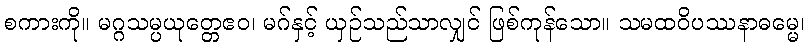
စကားကို။ မဂ္ဂသမ္ပယုတ္တေဧဝ၊ မဂ်နှင့် ယှဉ်သည်သာလျှင် ဖြစ်ကုန်သော။ သမထဝိပဿနာဓမ္မေ၊